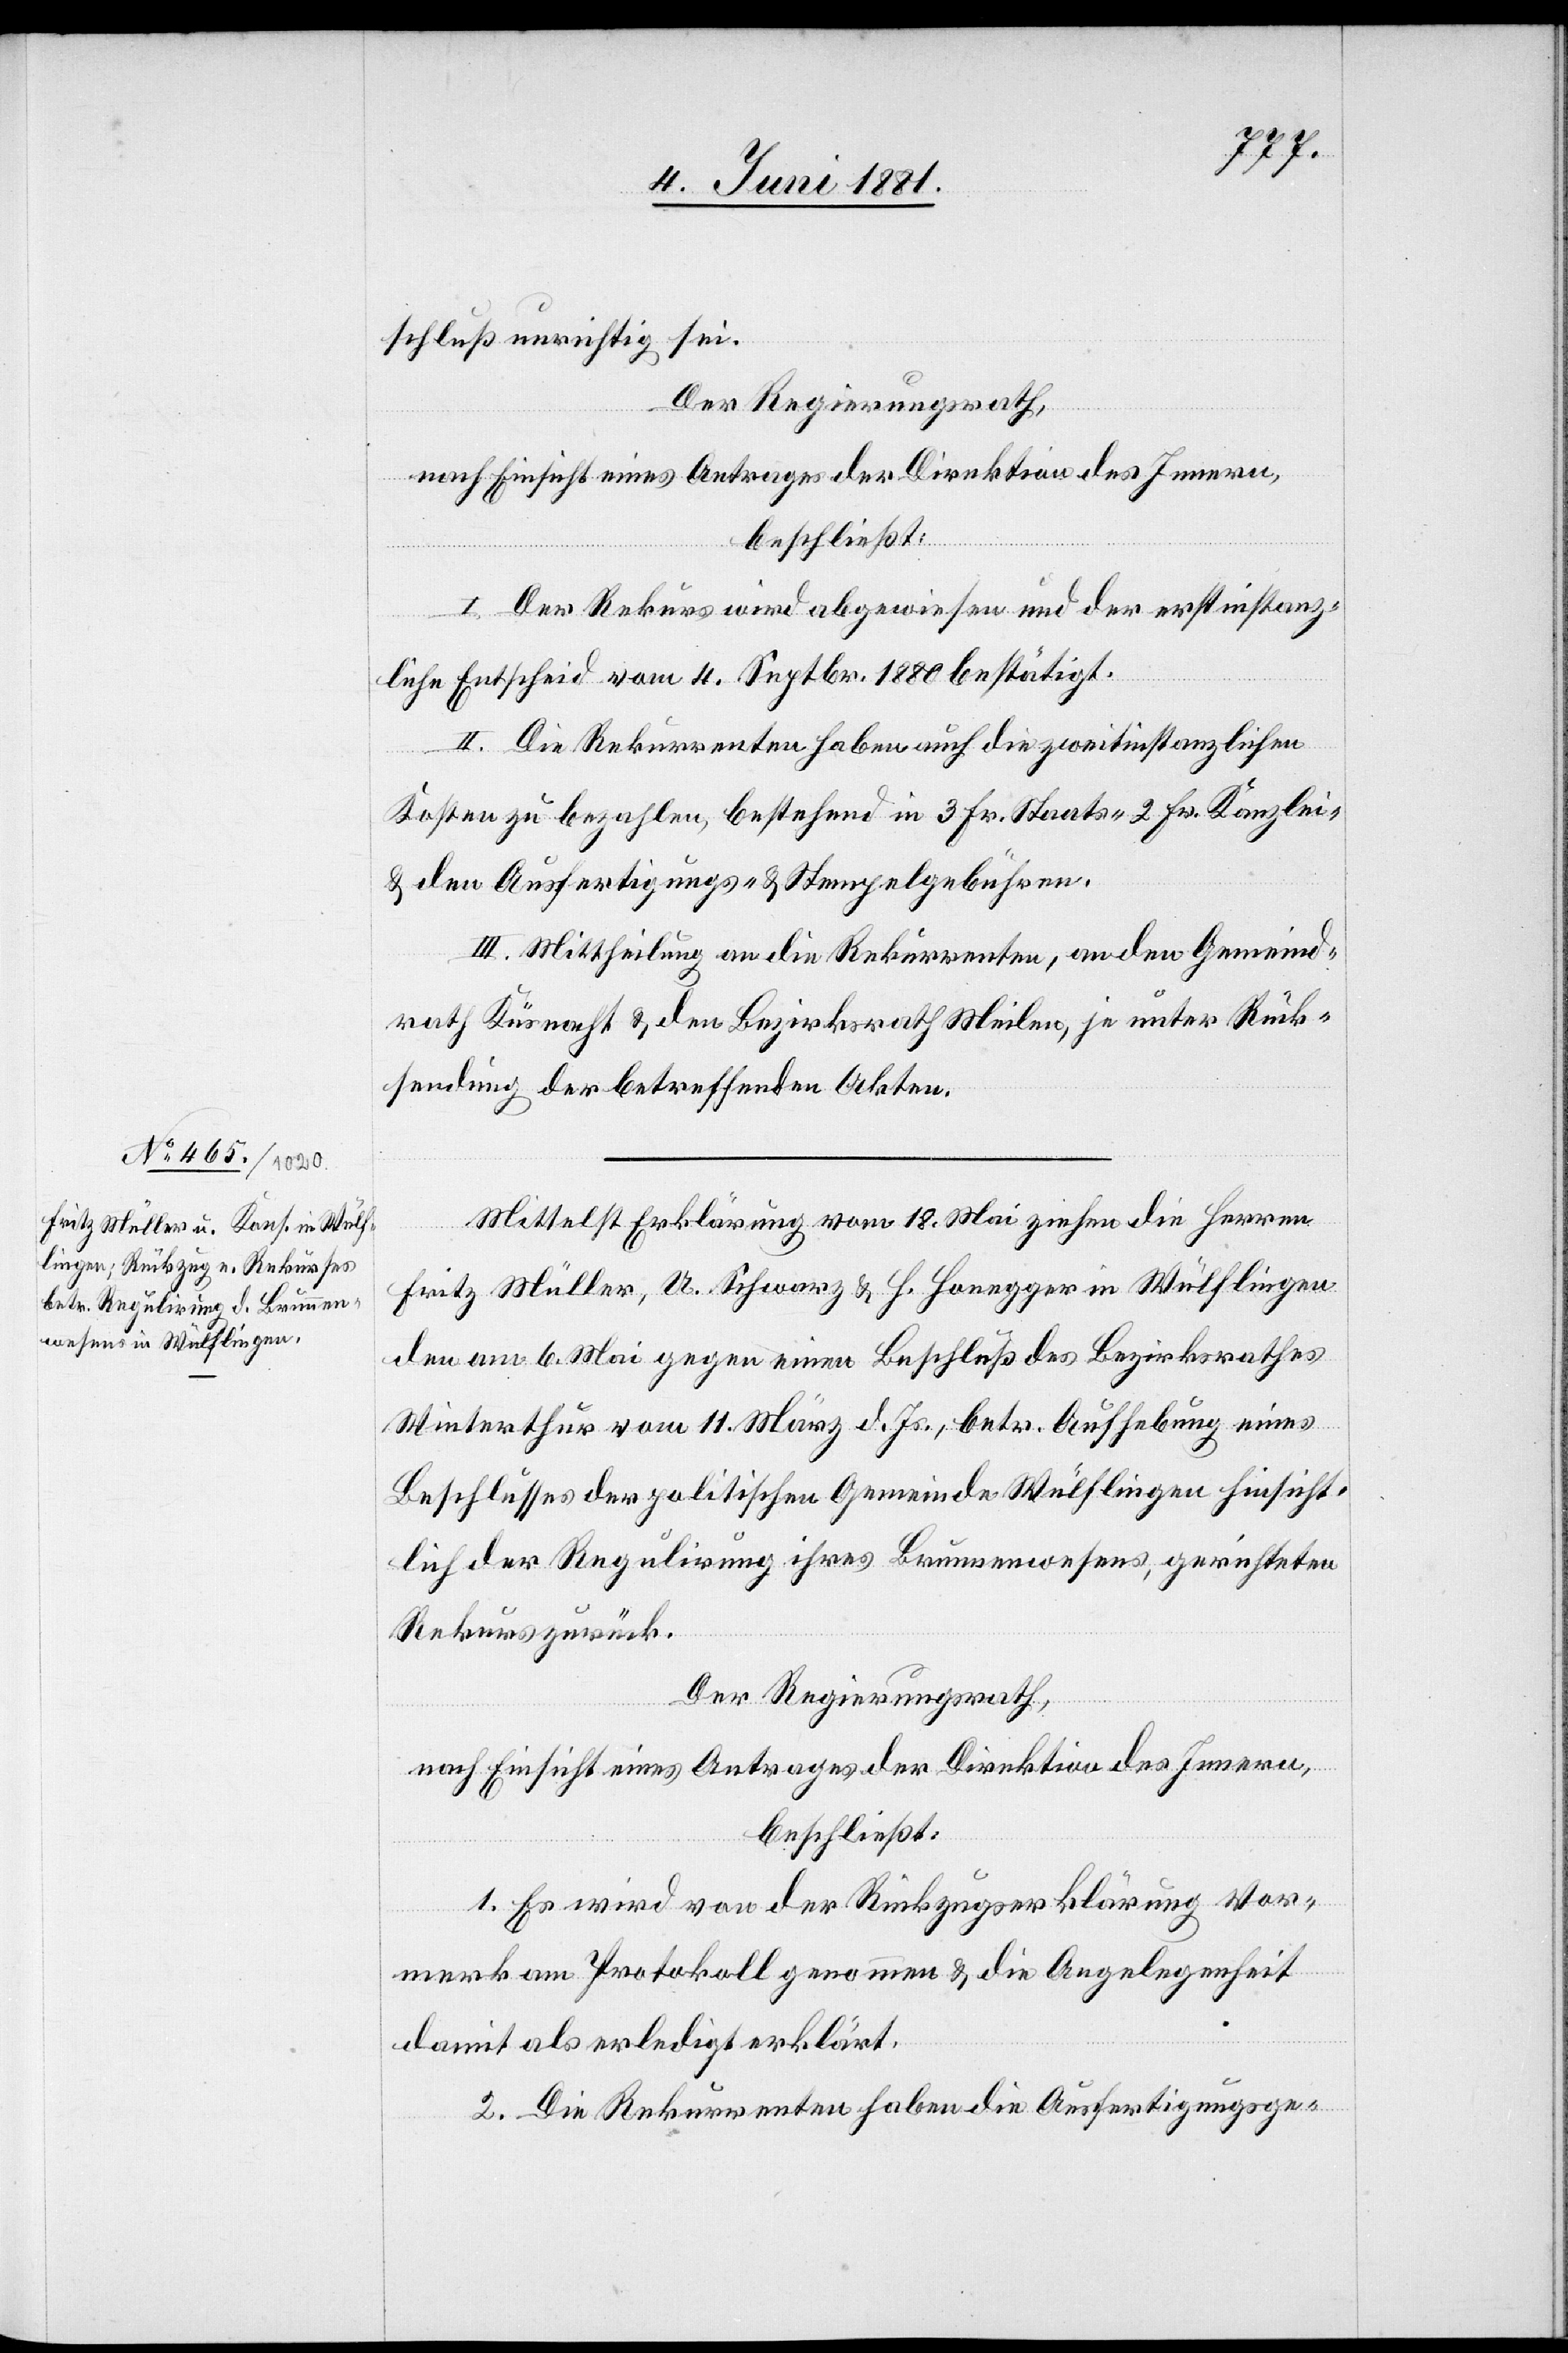
schluß unrichtig sei.
Der Regierungsrath,
nach Einsicht eines Antrages der Direktion des Innern,
beschließt:
I. Der Rekurs wird abgewiesen und der erstinstanz¬
liche Entscheid vom 4. Septbr. 1880 bestätigt.
II. Die Rekurrenten haben auch die zweitinstanzlichen
Kosten zu bezahlen, bestehend in 3 Fr. Staats-[,] 2 Fr. Kanzlei-
& den Ausfertigungs- & Stempelgebühren.
III. Mittheilung an die Rekurrenten, an den Gemeind¬
rath Küsnacht & den Bezirksrath Meilen, je unter Rück¬
sendung der betreffenden Akten.
Mittels Erklärung vom 18. Mai ziehen die Herren
Fritz Müller, A. Schwarz & H. Honegger in Wülflingen
den am 6. Mai gegen einen Beschluß des Bezirksrathes
Winterthur vom 11. März d. Js., betr. Aufhebung eines
Beschlusses der politischen Gemeinde Wülflingen hinsicht¬
lich der Regulirung ihres Brunnenwesens, gerichteten
Rekurs zurück.
Der Regierungsrath,
nach Einsicht eines Antrages der Direktion des Innern,
beschließt:
1. Es wird von der Rückzugserklärung Vor¬
merk am Protokoll genommen & die Angelegenheit
damit als erledigt erklärt.
2. Die Rekurrenten haben die Ausfertigungsge-